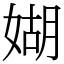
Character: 媩